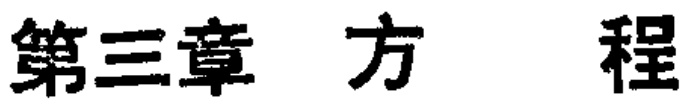
第三章 方 程